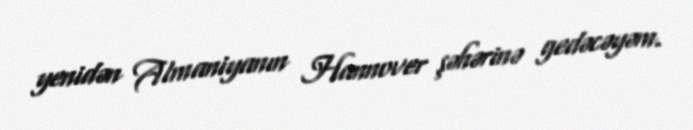
yenidən Almaniyanın Hannover şəhərinə gedəcəyəm.